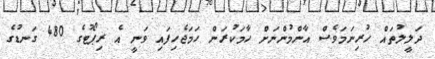
ދަލީލުތައް ހުރިނަމަވެސް އާންމުންނަށް ހާމަކުރަން ހަމަޖެހިފައި ވަނީ އެ ރިޕޯޓުގެ 480 ގަނޑުގެ